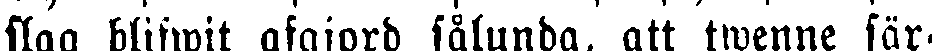
slag blifwit afgjord sålunda, att twenne sär-